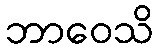
ဘာဝေသိ